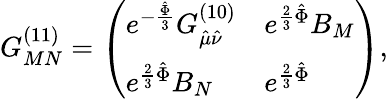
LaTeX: G_{MN}^{(11)}=\left(\begin{array}{ll}{{e^{-{\frac{\hat{\Phi}}{3}}}G_{\hat{\mu}\hat{\nu}}^{(10)}}}&{{e^{{\frac{2}{3}}\hat{\Phi}}B_{M}}}\\ {{e^{{\frac{2}{3}}\hat{\Phi}}B_{N}}}&{{e^{{\frac{2}{3}}\hat{\Phi}}}}\end{array}\right),